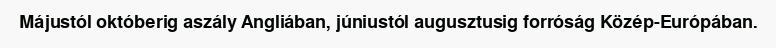
Májustól októberig aszály Angliában, júniustól augusztusig forróság Közép-Európában.